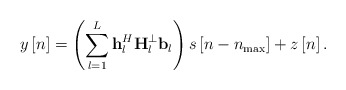
\begin{align*} y\left[ n \right] = \left( {\sum\limits_{l = 1}^L {{\bf{h}}_l^H{\bf{H}}_l^ \bot {{\bf{b}}_l}} } \right)s\left[ {n - {n_{\max }}} \right] + z\left[ n \right]. \end{align*}